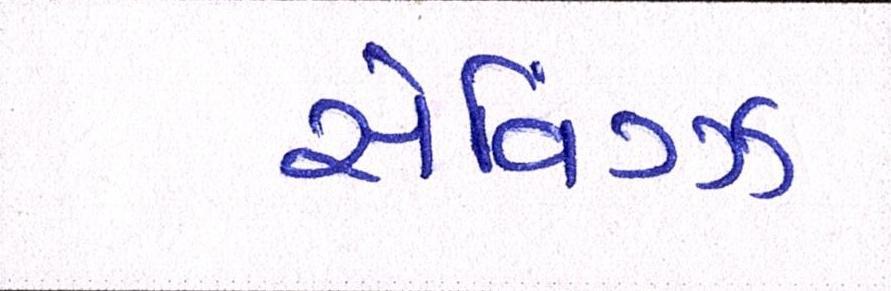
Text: સેવિંગ્ઝ